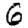
Digit: 6